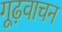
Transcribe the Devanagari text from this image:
गूढ़वाचन